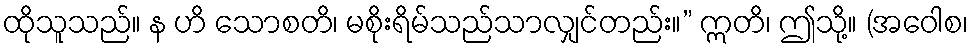
ထိုသူသည်။ န ဟိ သောစတိ၊ မစိုးရိမ်သည်သာလျှင်တည်း။” ဣတိ၊ ဤသို့။ (အဝေါစ၊